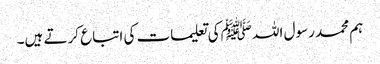
ہم محمد رسول اللہ ﷺکی تعلیمات کی اتباع کرتے ہیں۔